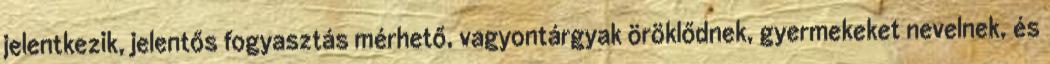
jelentkezik, jelentős fogyasztás mérhető, vagyontárgyak öröklődnek, gyermekeket nevelnek, és